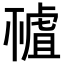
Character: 𧇘